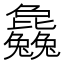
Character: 𣬚